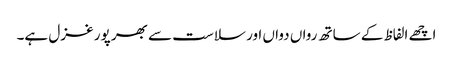
اچھے الفاظ کے ساتھ رواں دواں اور سلاست سے بھر پور غزل ہے۔